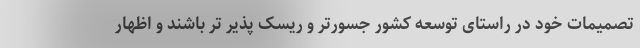
تصمیمات خود در راستای توسعه کشور جسورتر و ریسک پذیر تر باشند و اظهار